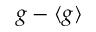
g - \langle g \rangle